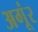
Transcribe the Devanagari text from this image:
अगूंर